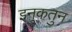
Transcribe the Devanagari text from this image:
इनुकतुन